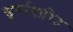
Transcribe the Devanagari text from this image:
सूर्याधारित